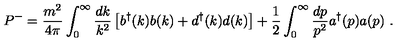
P ^ { - } = { \frac { m ^ { 2 } } { 4 \pi } } \int _ { 0 } ^ { \infty } { \frac { d k } { k ^ { 2 } } } \left[ b ^ { \dag } ( k ) b ( k ) + d ^ { \dag } ( k ) d ( k ) \right] + { \frac { 1 } { 2 } } \int _ { 0 } ^ { \infty } { \frac { d p } { p ^ { 2 } } } a ^ { \dag } ( p ) a ( p ) \ .